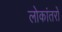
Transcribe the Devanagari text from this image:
लोकांतरों